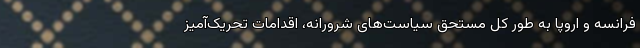
فرانسه و اروپا به طور کل مستحق سیاست‌های شرورانه، اقدامات تحریک‌آمیز